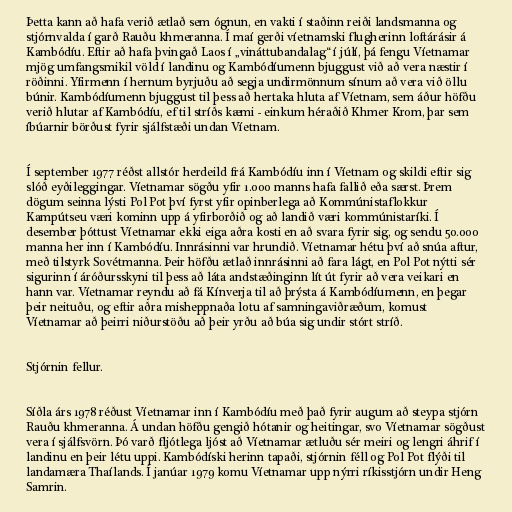
Þetta kann að hafa verið ætlað sem ógnun, en vakti í staðinn reiði landsmanna og
stjórnvalda í garð Rauðu khmeranna. Í maí gerði víetnamski flugherinn loftárásir á
Kambódíu. Eftir að hafa þvingað Laos í „vináttubandalag“ í júlí, þá fengu Víetnamar
mjög umfangsmikil völd í landinu og Kambódíumenn bjuggust við að vera næstir í
röðinni. Yfirmenn í hernum byrjuðu að segja undirmönnum sínum að vera við öllu
búnir. Kambódíumenn bjuggust til þess að hertaka hluta af Víetnam, sem áður höfðu
verið hlutar af Kambódíu, ef til stríðs kæmi - einkum héraðið Khmer Krom, þar sem
íbúarnir börðust fyrir sjálfstæði undan Víetnam.

Í september 1977 réðst allstór herdeild frá Kambódíu inn í Víetnam og skildi eftir sig
slóð eyðileggingar. Víetnamar sögðu yfir 1.000 manns hafa fallið eða særst. Þrem
dögum seinna lýsti Pol Pot því fyrst yfir opinberlega að Kommúnistaflokkur
Kampútseu væri kominn upp á yfirborðið og að landið væri kommúnistaríki. Í
desember þóttust Víetnamar ekki eiga aðra kosti en að svara fyrir sig, og sendu 50.000
manna her inn í Kambódíu. Innrásinni var hrundið. Víetnamar hétu því að snúa aftur,
með tilstyrk Sovétmanna. Þeir höfðu ætlað innrásinni að fara lágt, en Pol Pot nýtti sér
sigurinn í áróðursskyni til þess að láta andstæðinginn lít út fyrir að vera veikari en
hann var. Víetnamar reyndu að fá Kínverja til að þrýsta á Kambódíumenn, en þegar
þeir neituðu, og eftir aðra misheppnaða lotu af samningaviðræðum, komust
Víetnamar að þeirri niðurstöðu að þeir yrðu að búa sig undir stórt stríð.

Stjórnin fellur.

Síðla árs 1978 réðust Víetnamar inn í Kambódíu með það fyrir augum að steypa stjórn
Rauðu khmeranna. Á undan höfðu gengið hótanir og heitingar, svo Víetnamar sögðust
vera í sjálfsvörn. Þó varð fljótlega ljóst að Víetnamar ætluðu sér meiri og lengri áhrif í
landinu en þeir létu uppi. Kambódíski herinn tapaði, stjórnin féll og Pol Pot flýði til
landamæra Thaílands. Í janúar 1979 komu Víetnamar upp nýrri ríkisstjórn undir Heng
Samrin.